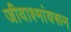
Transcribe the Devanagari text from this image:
जीवाश्मांवरून